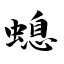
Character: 螅